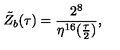
{ \tilde { Z } } _ { b } ( \tau ) = \frac { 2 ^ { 8 } } { \eta ^ { 1 6 } ( \frac { \tau } { 2 } ) } ,